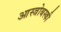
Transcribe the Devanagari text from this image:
आस्त्रोबस्की